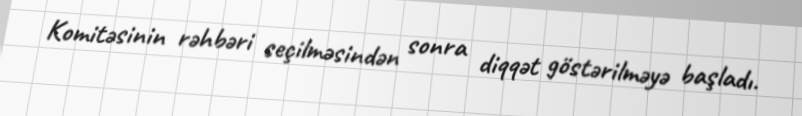
Komitəsinin rəhbəri seçilməsindən sonra diqqət göstərilməyə başladı.